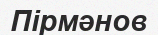
Пірмәнов